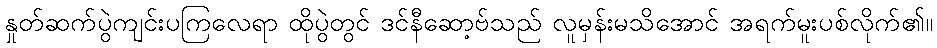
နှုတ်ဆက်ပွဲကျင်းပကြလေရာ ထိုပွဲတွင် ဒင်နီဆော့ဗ်သည် လူမှန်းမသိအောင် အရက်မူးပစ်လိုက်၏။